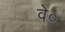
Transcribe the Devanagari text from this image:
वे०